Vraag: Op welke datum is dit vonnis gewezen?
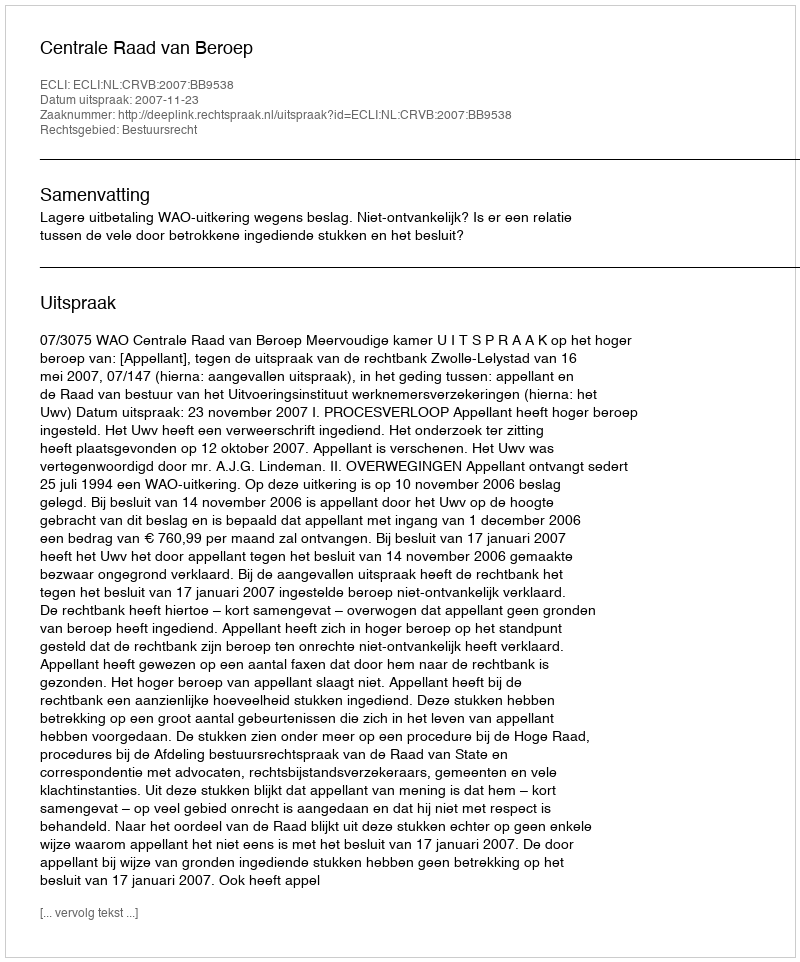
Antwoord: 2007-11-23